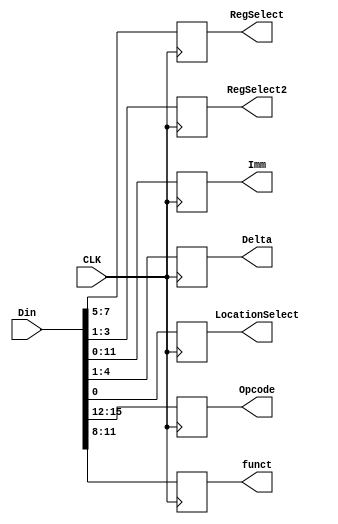
`timescale 1ns / 1ps
//////////////////////////////////////////////////////////////////////////////////
// Company: 
// Engineer: 
// 
// Design Name: 
// Module Name:    InstructionRegister 
// Project Name: 
// Target Devices: 
// Tool versions: 
// Description: 
//
// Dependencies: 
//
// Revision: 
// Revision 0.01 - File Created
// Additional Comments: 
//
//////////////////////////////////////////////////////////////////////////////////
module InstructionRegister(
    input [15:0] Din,
    input CLK,
    output reg [2:0] RegSelect,
    output reg[2:0] RegSelect2,
    output reg [11:0] Imm,
    output reg[3:0] Delta,
    output reg LocationSelect,
	 output reg [3:0] Opcode,
	 output reg [3:0] funct
    );
always @ (negedge (CLK))begin
	RegSelect <= Din[7:5];
	RegSelect2<= Din[3:1];
	Imm <= Din[11:0];
	Delta <= Din[4:1];
	LocationSelect <= Din[0];
	Opcode <= Din[15:12];
	funct <= Din[11:8];
end

endmodule